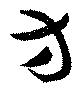
方